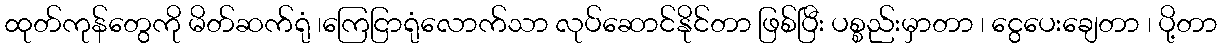
ထုတ်ကုန်တွေကို မိတ်ဆက်ရုံ ၊ကြေငြာရုံလောက်သာ လုပ်ဆောင်နိုင်တာ ဖြစ်ပြီး ပစ္စည်းမှာတာ ၊ ငွေပေးချေတာ ၊ ပို့တာ